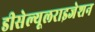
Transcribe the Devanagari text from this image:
डीसेल्यूलराइजेशन